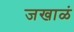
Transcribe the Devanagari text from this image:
जखाळं